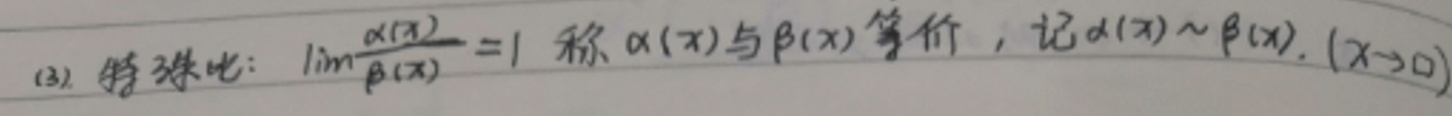
(3) 等价比：\(\lim_{x \to 0} \frac{\alpha(x)}{\beta(x)} = 1\) 称\(\alpha(x)\)与\(\beta(x)\)等价，记\(\alpha(x) \sim \beta(x)\)，\((x \to 0)\)